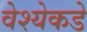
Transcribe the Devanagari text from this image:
वेश्येकडे